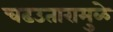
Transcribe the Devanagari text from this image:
चढउतारामुळे